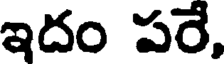
ఇదం పరే,